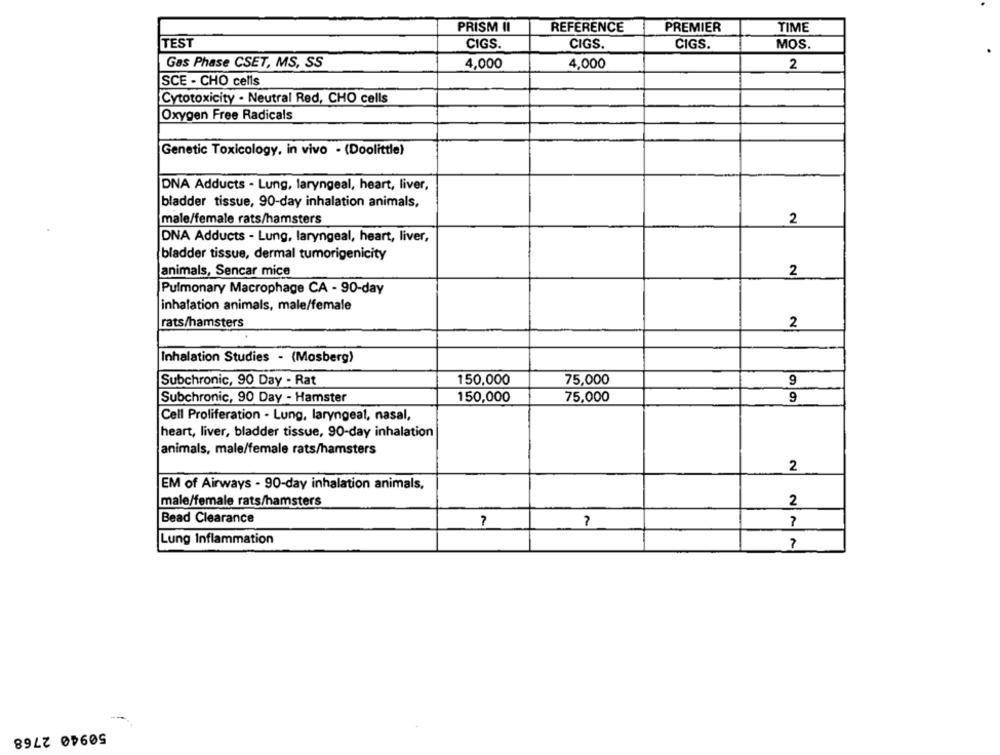
PRISM II
REFERENCE
PREMIER
TIME
TEST
CIGS.
CIGS.
CIGS.
MOS.
Gas Phase CSET, MS, SS
4,000
4,000
2
SCE - CHO cells
Cytotoxicity . Neutral Red, CHO cells
Oxygen Free Radicals
Genetic Toxicology, in vivo - (Doolittle)
DNA Adducts - Lung, laryngeal, heart, liver,
bladder tissue, 90-day inhalation animals,
2
male/female rats/hamsters
DNA Adducts - Lung, laryngeal, heart, liver,
bladder tissue, dermal tumorigenicity
animals, Sencar mice
2
Pulmonary Macrophage CA - 90-day
inhalation animals, male/female
rats/hamsters
2
Inhalation Studies - (Mosberg)
Subchronic, 90 Day - Rat
150,000
75,000
9
Subchronic, 90 Day - Hamster
150,000
75,000
9
Cell Proliferation - Lung, laryngeal, nasal,
heart, liver, bladder tissue, 90-day inhalation
animals, male/female rats/hamsters
2
EM of Airways - 90-day inhalation animals,
male/female rats/hamsters
2
Bead Clearance
?
Lung Inflammation
50940 2768